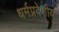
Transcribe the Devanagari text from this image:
धर्मप्रदेशीय